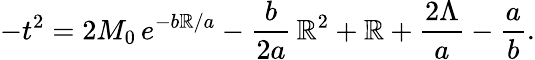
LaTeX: -t^{2}=2M_{0}\, e^{-b\mathbb{R}/a}-{\frac{{b}}{{2a}}}\, \mathbb{R}^{2}+\mathbb{R}+{\frac{{2\Lambda}}{{a}}}-{\frac{{a}}{{b}}}.